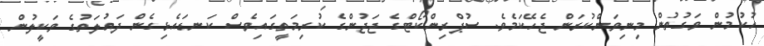
ހުކުމުން ވަގުތުން މިނިވަންކުރަން ޖެހޭކަމެވެ. ސުޕްރިންކޯޓްގެ ޖަޖުންގެ ކުރިމަތީގައިވެސް ކަނޑައެޅިގެން ދައުލަތުގެ ވަކީލުން